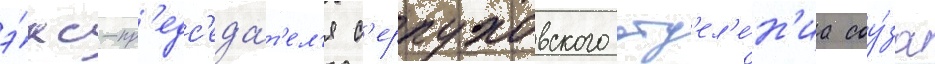
э́кс-пр'едс'еда́т'ел'я с'ерпуховского отд'ел'е́н'иа соу́за